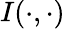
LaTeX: I(\cdot,\cdot)